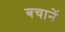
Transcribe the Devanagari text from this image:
बचानें